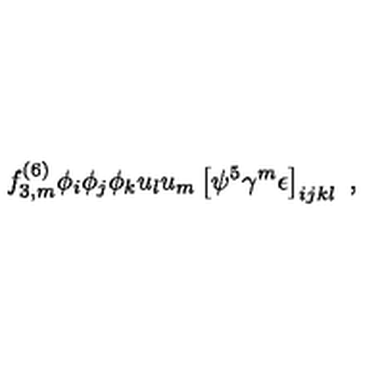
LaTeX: f _ { 3 , m } ^ { ( 6 ) } \phi _ { i } \phi _ { j } \phi _ { k } u _ { l } u _ { m } \left[ \psi ^ { 5 } \gamma ^ { m } \epsilon \right] _ { i j k l } \ ,